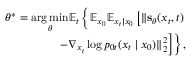
\begin{array} { r } { \boldsymbol { \theta } ^ { * } = \underset { \boldsymbol { \theta } } { \arg \operatorname* { m i n } } \mathbb { E } _ { t } \left\{ \mathbb { E } _ { \boldsymbol { x } _ { 0 } } \mathbb { E } _ { \boldsymbol { x } _ { t } | \boldsymbol { x } _ { 0 } } \left[ \| \mathbf { s } _ { \boldsymbol { \theta } } ( \boldsymbol { x } _ { t } , t ) \right. \right. } \\ { \left. \left. - \nabla _ { \boldsymbol { x } _ { t } } \log p _ { 0 t } ( \boldsymbol { x } _ { t } \mid \boldsymbol { x } _ { 0 } ) \| _ { 2 } ^ { 2 } \right] \right\} , } \end{array}